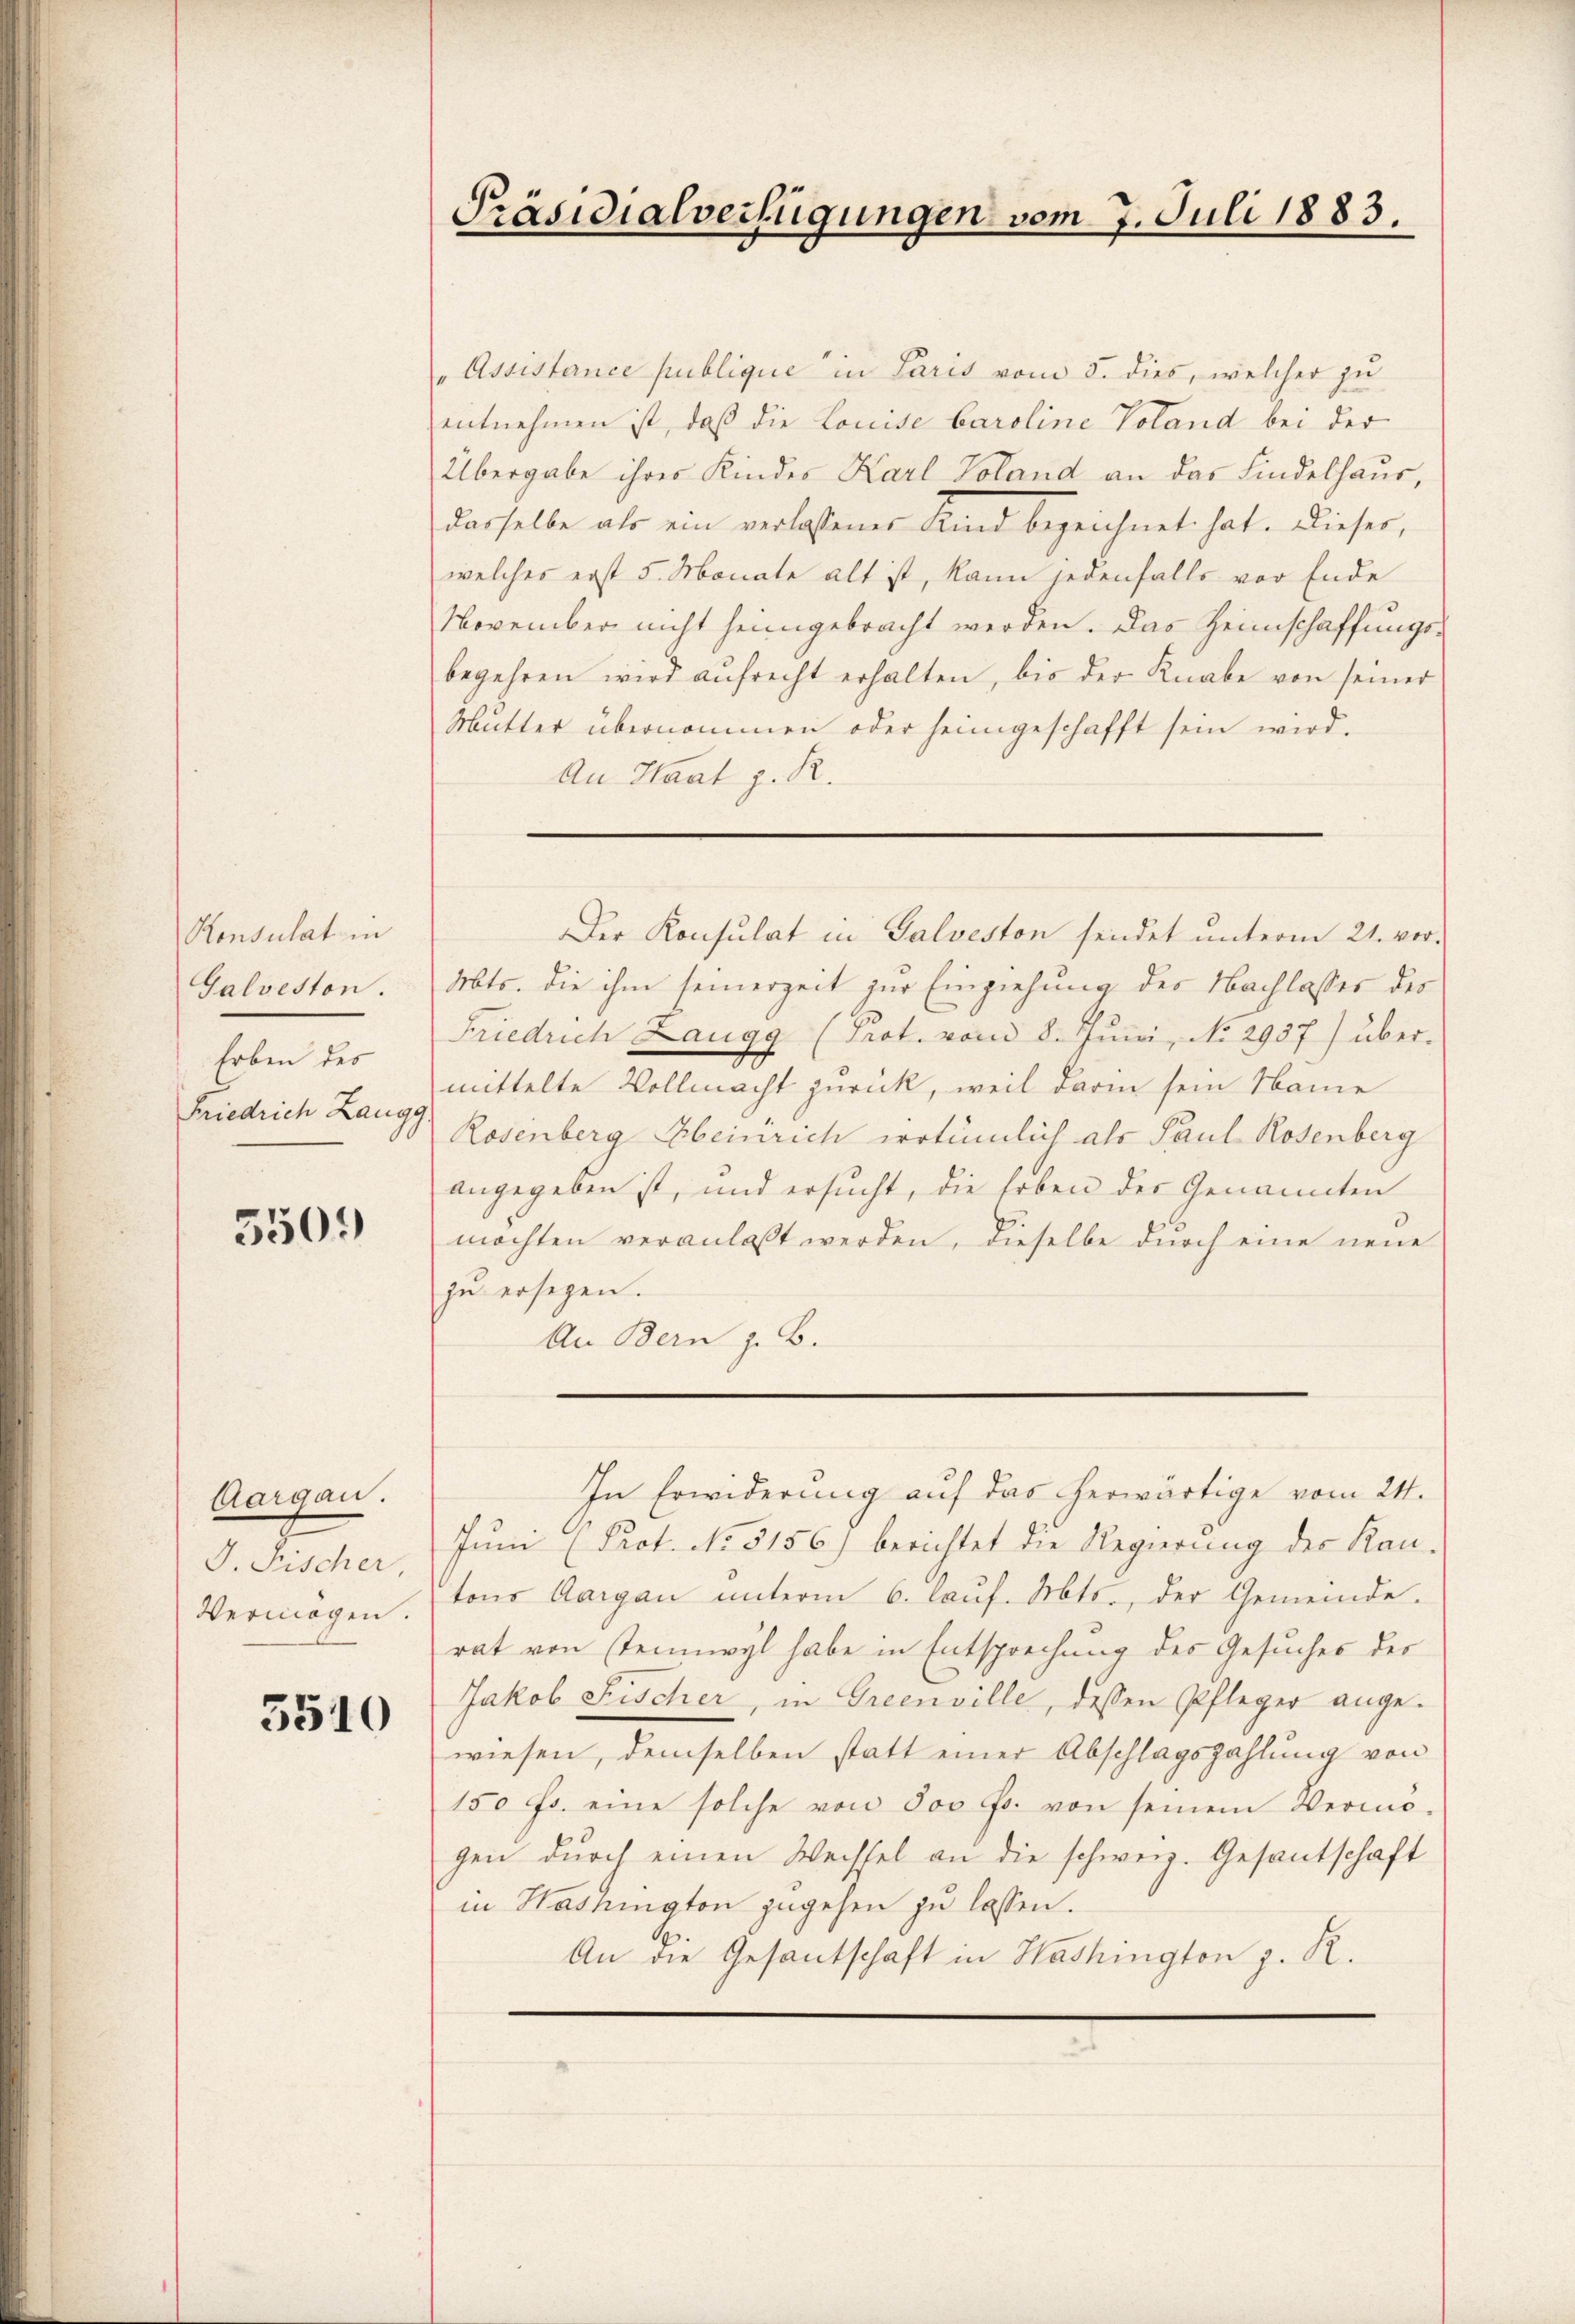
Konsulat in
Galveston.
Erben des
Friedrich Zangg.

3509

Aargau.
J. Fischer,
Vermögen.

5510

Assistance publique in Paris vom 5. dies, welcher zu
entnehmen ist, daß die Louise baroline Voland bei der
Übergabe ihres Kindes Karl Toland an das Kindelhaus,
dasselbe als ein verlassener Kind bezeichnet hat. Dieser,
welches erst 5. Monate alt ist, kann jedenfalls vor Ende
November nicht heimgebracht werden. Das Heimschaffungsbegehren wird aufrecht erhalten, bis der Knabe von seiner
Mutter übernommen oder heimgeschafft sein wird.
An Staat z. R.

Präsidialverfügungen vom 7. Juli 1883.

Der Konsulat in Galveston sendet unterm 21. ver-
Mts. die ihm seinerzeit zur Einziehung des Nachlasses des
Friedrich Laugg (Prot. vom 8. Jŭni, No 2937) über-
mittelte Vollmacht zurück, weil darin sein Name
Rosenberg Heinrich wotümlich als Paul Rosenberg
angegeben ist, und ersucht, die Erben der Genannten
möchten veranlaßt werden, dieselbe durch eine neue
zu ersegen.
An Bern z. B.

In Erwiderung auf das herwärtige vom 24.
Juni (Prot. No 5156) berichtet die Regierung der Kan-
tons Aargau unterm 6. Kauf. Mts., der Gemeinde.
rat von steinwyl habe in Entsprechung des Gesuches der
Jakob Fischer, in Greenville, dessen Pfleger angewiesen, demselben statt einer Abschlagszahlung von
150 fr. eine solche von 500 Fr. von seinem Vermö-
gen durch einen Wechsel an die schweiz. Gesantschaft
in Hadrington zugehen zu lassen.
An die Gesantschaft in Washington z. R.